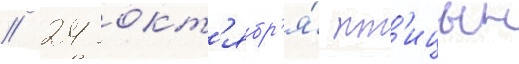
/ 24 окт'ябр'я́ пт'ицын